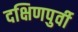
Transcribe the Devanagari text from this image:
दक्षिणपुर्वी